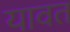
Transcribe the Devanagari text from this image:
यावत